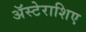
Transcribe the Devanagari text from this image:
अॅस्टेराशिए